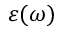
\varepsilon ( \omega )